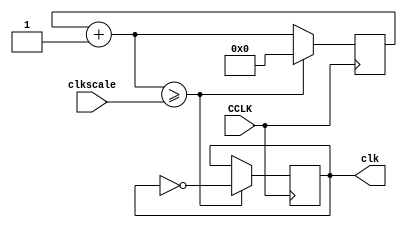
`timescale 1ns / 1ps
//////////////////////////////////////////////////////////////////////////////////
// Company: TCD
// Module Name: clock
// Project Name: Lab F
//////////////////////////////////////////////////////////////////////////////////

module clock(input CCLK, input [31:0] clkscale, output reg clk);

reg [31:0] clkq = 0;

always @ (posedge CCLK) begin
    clkq = clkq + 1;
    if (clkq >= clkscale) begin
        clk = ~clk;
        clkq = 0;
    end
end

endmodule